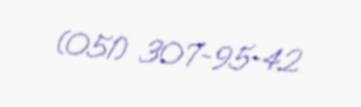
(051) 307-95-42